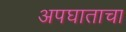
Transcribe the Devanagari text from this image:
अपघाताचा